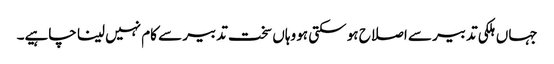
جہاں ہلکی تدبیر سے اصلاح ہو سکتی ہو وہاں سخت تدبیر سے کام نہیں لینا چاہیے۔